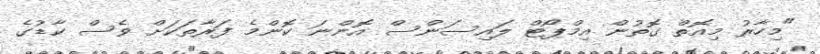
"މިހާރު މިއޮތް ގޮތުން އިމްޕޯޓް ލައިސަންސް އޮންނަ ކޮންމެ ފަރާތަކަށް ވެސް ކާޑުގެ